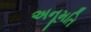
અનૂમતિ